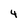
Character: 4